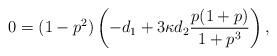
LaTeX: \begin{align*} 0=(1-p^2)\left(-d_1+3\kappa d_2\frac{p(1+p)}{1+p^3}\right),\end{align*}